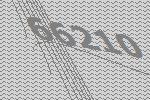
66210